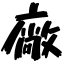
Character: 廠